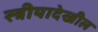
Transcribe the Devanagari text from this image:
स्त्रीयादेखील